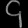
Digit: ၄